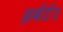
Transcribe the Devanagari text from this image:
हर्बर्टर